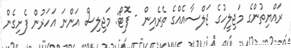
ރައްޔިތުންގެ މަޖިލީހުގެ ޖަލްސާއެއްގެ ތެރެއިން - ފޮޓޯ: މަޖިލިސް އަންނަ އަހަރުން ފެށިގެން